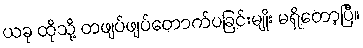
ယခု ထိုသို့ တဖျပ်ဖျပ်တောက်ပခြင်းမျိုး မရှိတော့ပြီ။